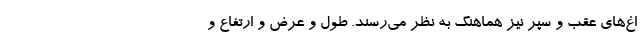
اغ‌های عقب و سپر نیز هماهنگ به ‌نظر می‌رسند. طول و عرض و ارتفاع و